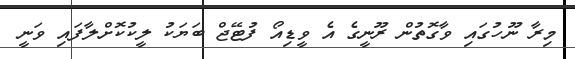
މިރާ ނޫހުގައި ވާގޮތުން ރޫނީގެ އެ ވީޑިއޯ ފުޓޭޖް ބަޔަކު ލީކުކޮށްލާފައި ވަނީ